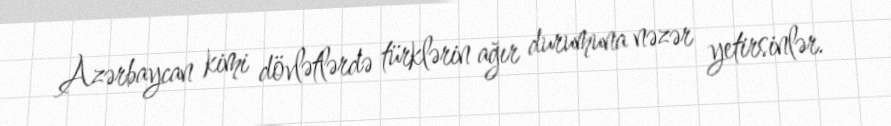
Azərbaycan kimi dövlətlərdə türklərin ağır durumuna nəzər yetirsinlər.